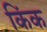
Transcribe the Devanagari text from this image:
किंक